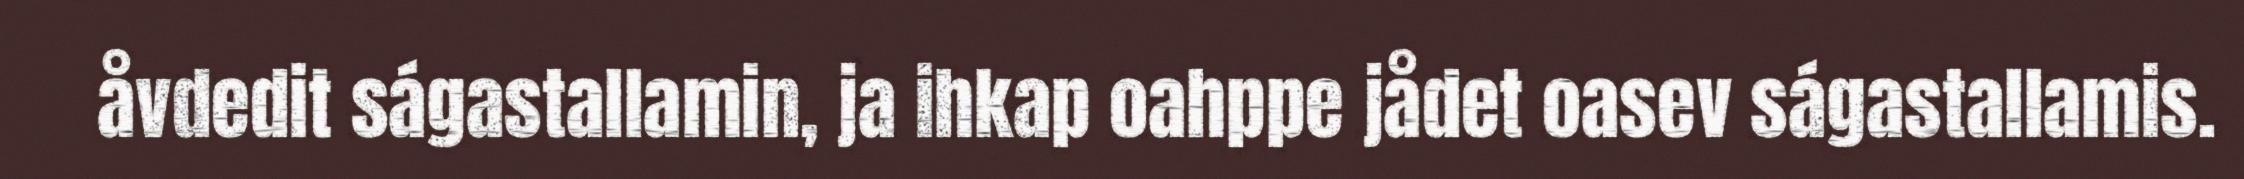
åvdedit ságastallamin, ja ihkap oahppe jådet oasev ságastallamis.